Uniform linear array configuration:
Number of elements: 4
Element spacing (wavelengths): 0.25
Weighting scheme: hann
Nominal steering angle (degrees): -30
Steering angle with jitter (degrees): -31.575
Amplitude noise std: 0.05
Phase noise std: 0.05

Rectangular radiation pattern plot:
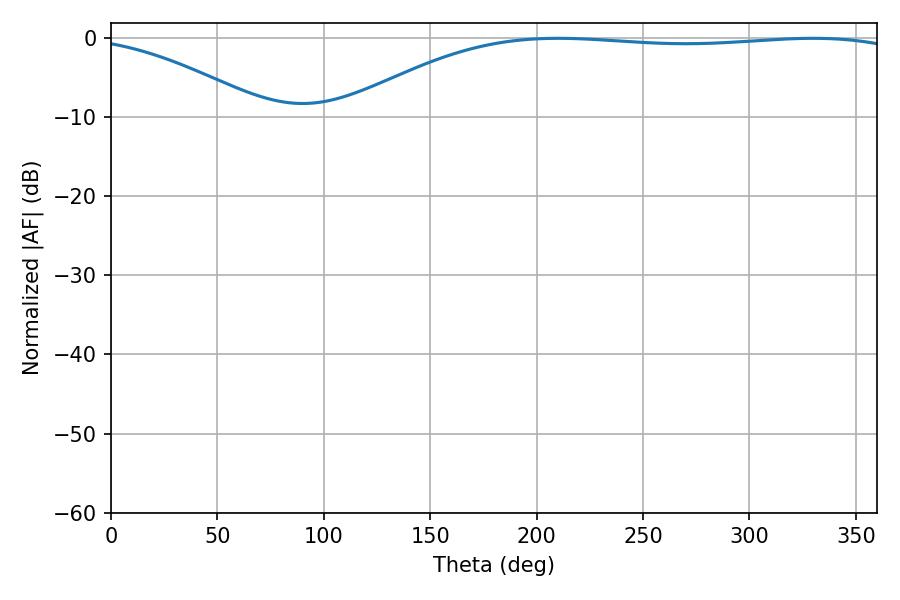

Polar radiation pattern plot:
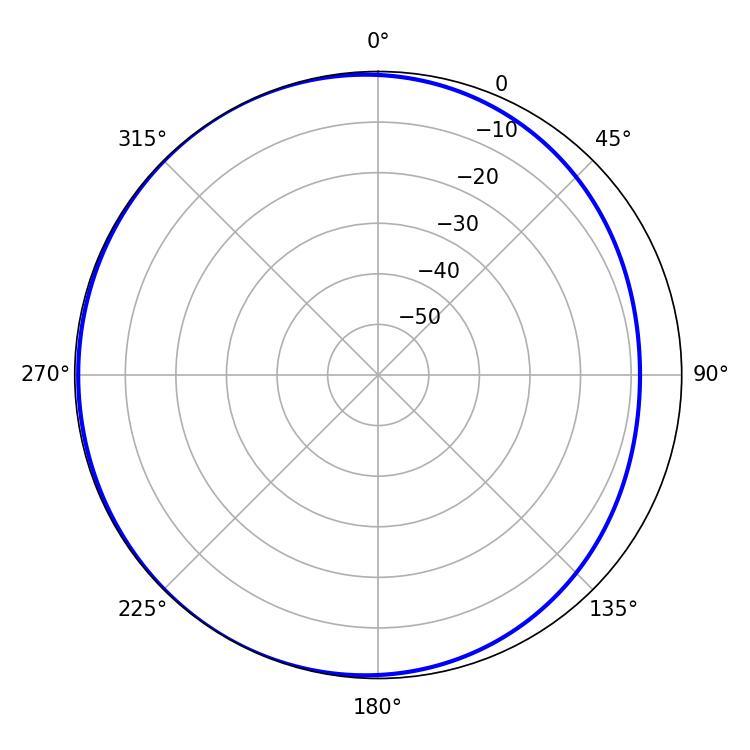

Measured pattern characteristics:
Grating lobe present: FALSE
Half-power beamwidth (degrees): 210.06
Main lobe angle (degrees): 329.94